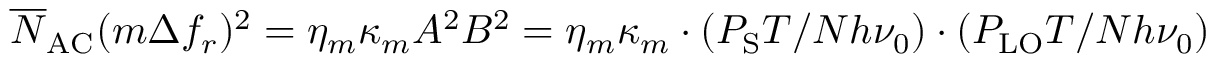
\overline { N } _ { \mathrm { A C } } ( m \Delta f _ { r } ) ^ { 2 } = \eta _ { m } \kappa _ { m } A ^ { 2 } B ^ { 2 } = \eta _ { m } \kappa _ { m } \cdot ( P _ { \mathrm { S } } T / N h \nu _ { 0 } ) \cdot ( P _ { \mathrm { L O } } T / N h \nu _ { 0 } )